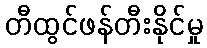
တီထွင်ဖန်တီးနိုင်မှု